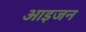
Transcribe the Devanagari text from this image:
आइजन